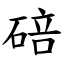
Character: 碚